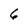
Character: 6